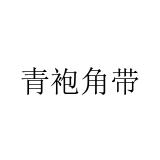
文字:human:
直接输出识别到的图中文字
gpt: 青袍角带